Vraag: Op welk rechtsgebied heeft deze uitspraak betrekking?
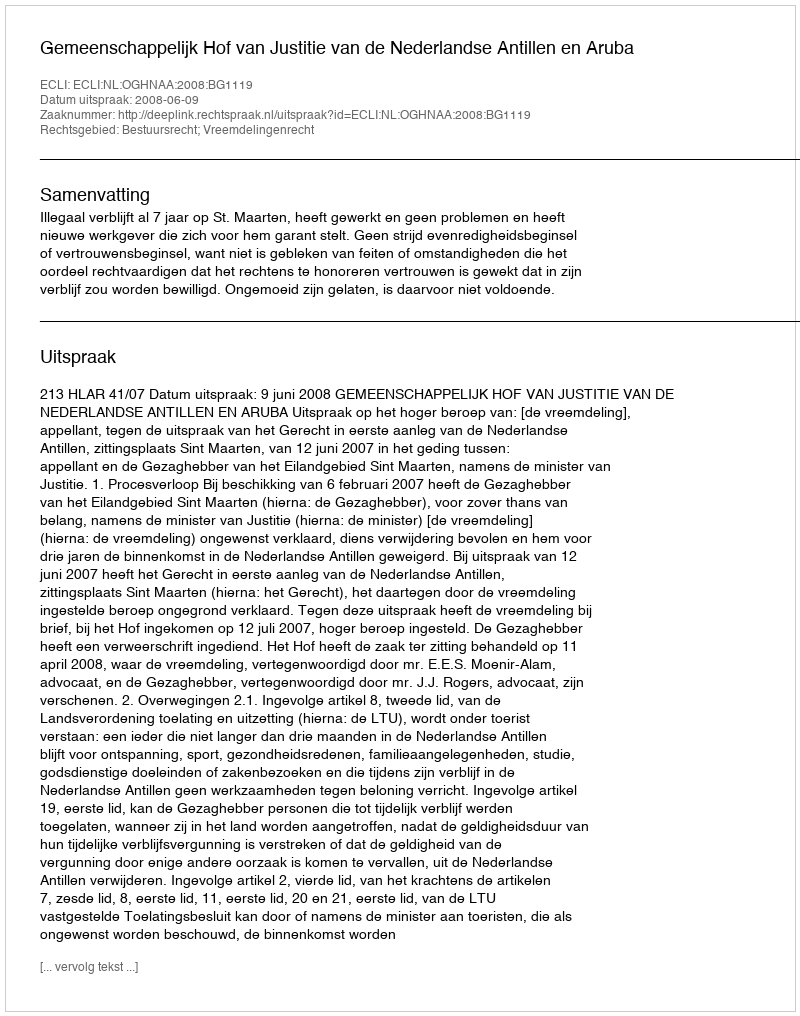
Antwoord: Bestuursrecht; Vreemdelingenrecht